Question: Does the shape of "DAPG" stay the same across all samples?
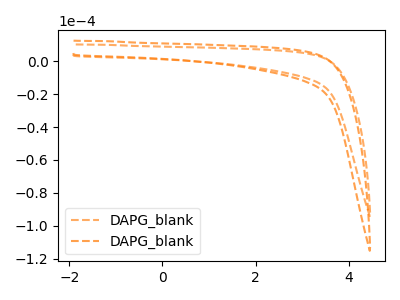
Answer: <think>The orange dashed curve "DAPG_blank1" has no peaks. The orange dashed curve "DAPG_blank2" has no peaks.
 Neither "DAPG_blank1" or "DAPG_blank2" have any peaks.</think>
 <answer>All the CV's of "DAPG" have similar shape.</answer>
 <eval>follow_rule</eval>